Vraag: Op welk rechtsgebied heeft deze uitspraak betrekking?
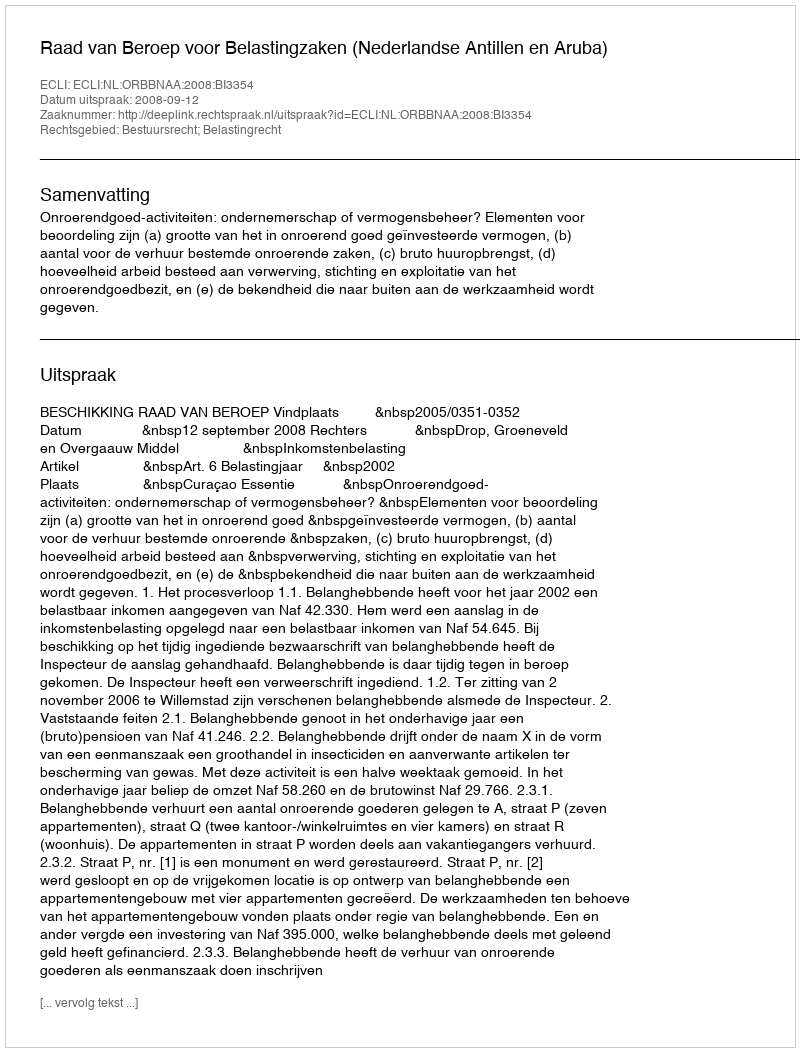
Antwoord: Bestuursrecht; Belastingrecht